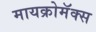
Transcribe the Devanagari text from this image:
मायक्रोमॅक्स